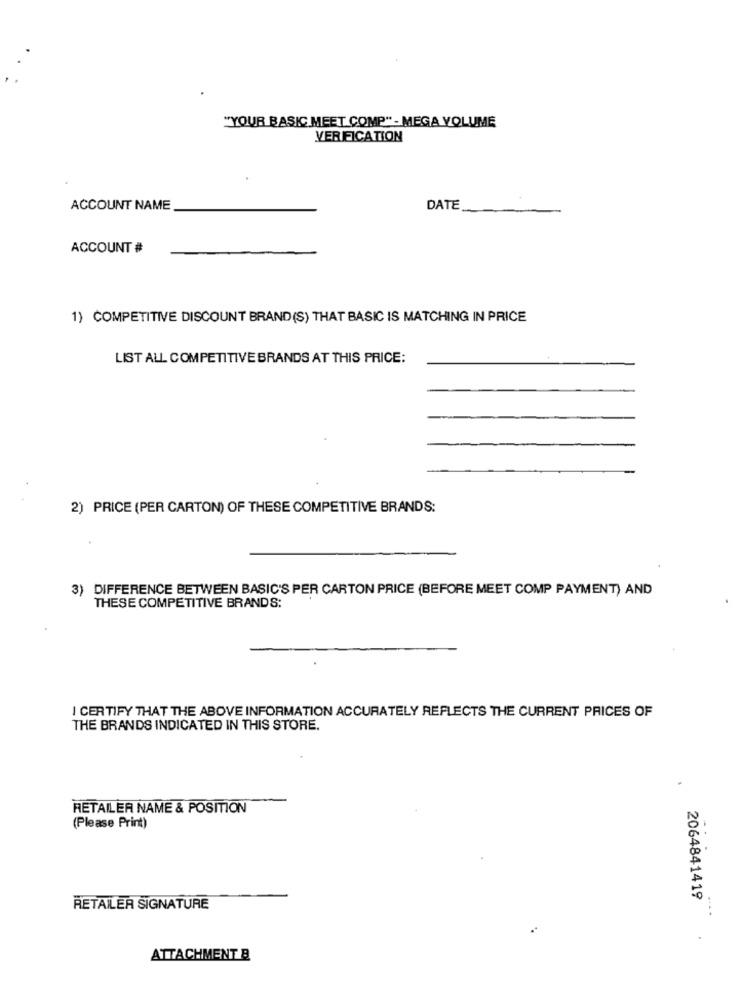
"YOUR BASIC MEET COMP" - MEGA VOLUME
VERIFICATION
ACCOUNT NAME
DATE
ACCOUNT #
1) COMPETITIVE DISCOUNT BRAND(S) THAT BASIC IS MATCHING IN PRICE
LIST ALL COMPETITIVE BRANDS AT THIS PRICE:
2) PRICE (PER CARTON) OF THESE COMPETITIVE BRANDS:
)DIFFERENCE BETWEEN BASIC'S PER CARTON PRICE (BEFORE MEET COMP PAYMENT) AND
THESE COMPETITIVE BRANDS:
I CERTIFY THAT THE ABOVE INFORMATION ACCURATELY REFLECTS THE CURRENT PRICES OF
THE BRANDS INDICATED IN THIS STORE.
RETAILER NAME & POSITION
(Please Print)
- -
2064841419
RETAILER SIGNATURE
ATTACHMENT &